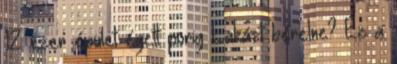
12 ezer épület égett porig Lakást bérelne? Ez a